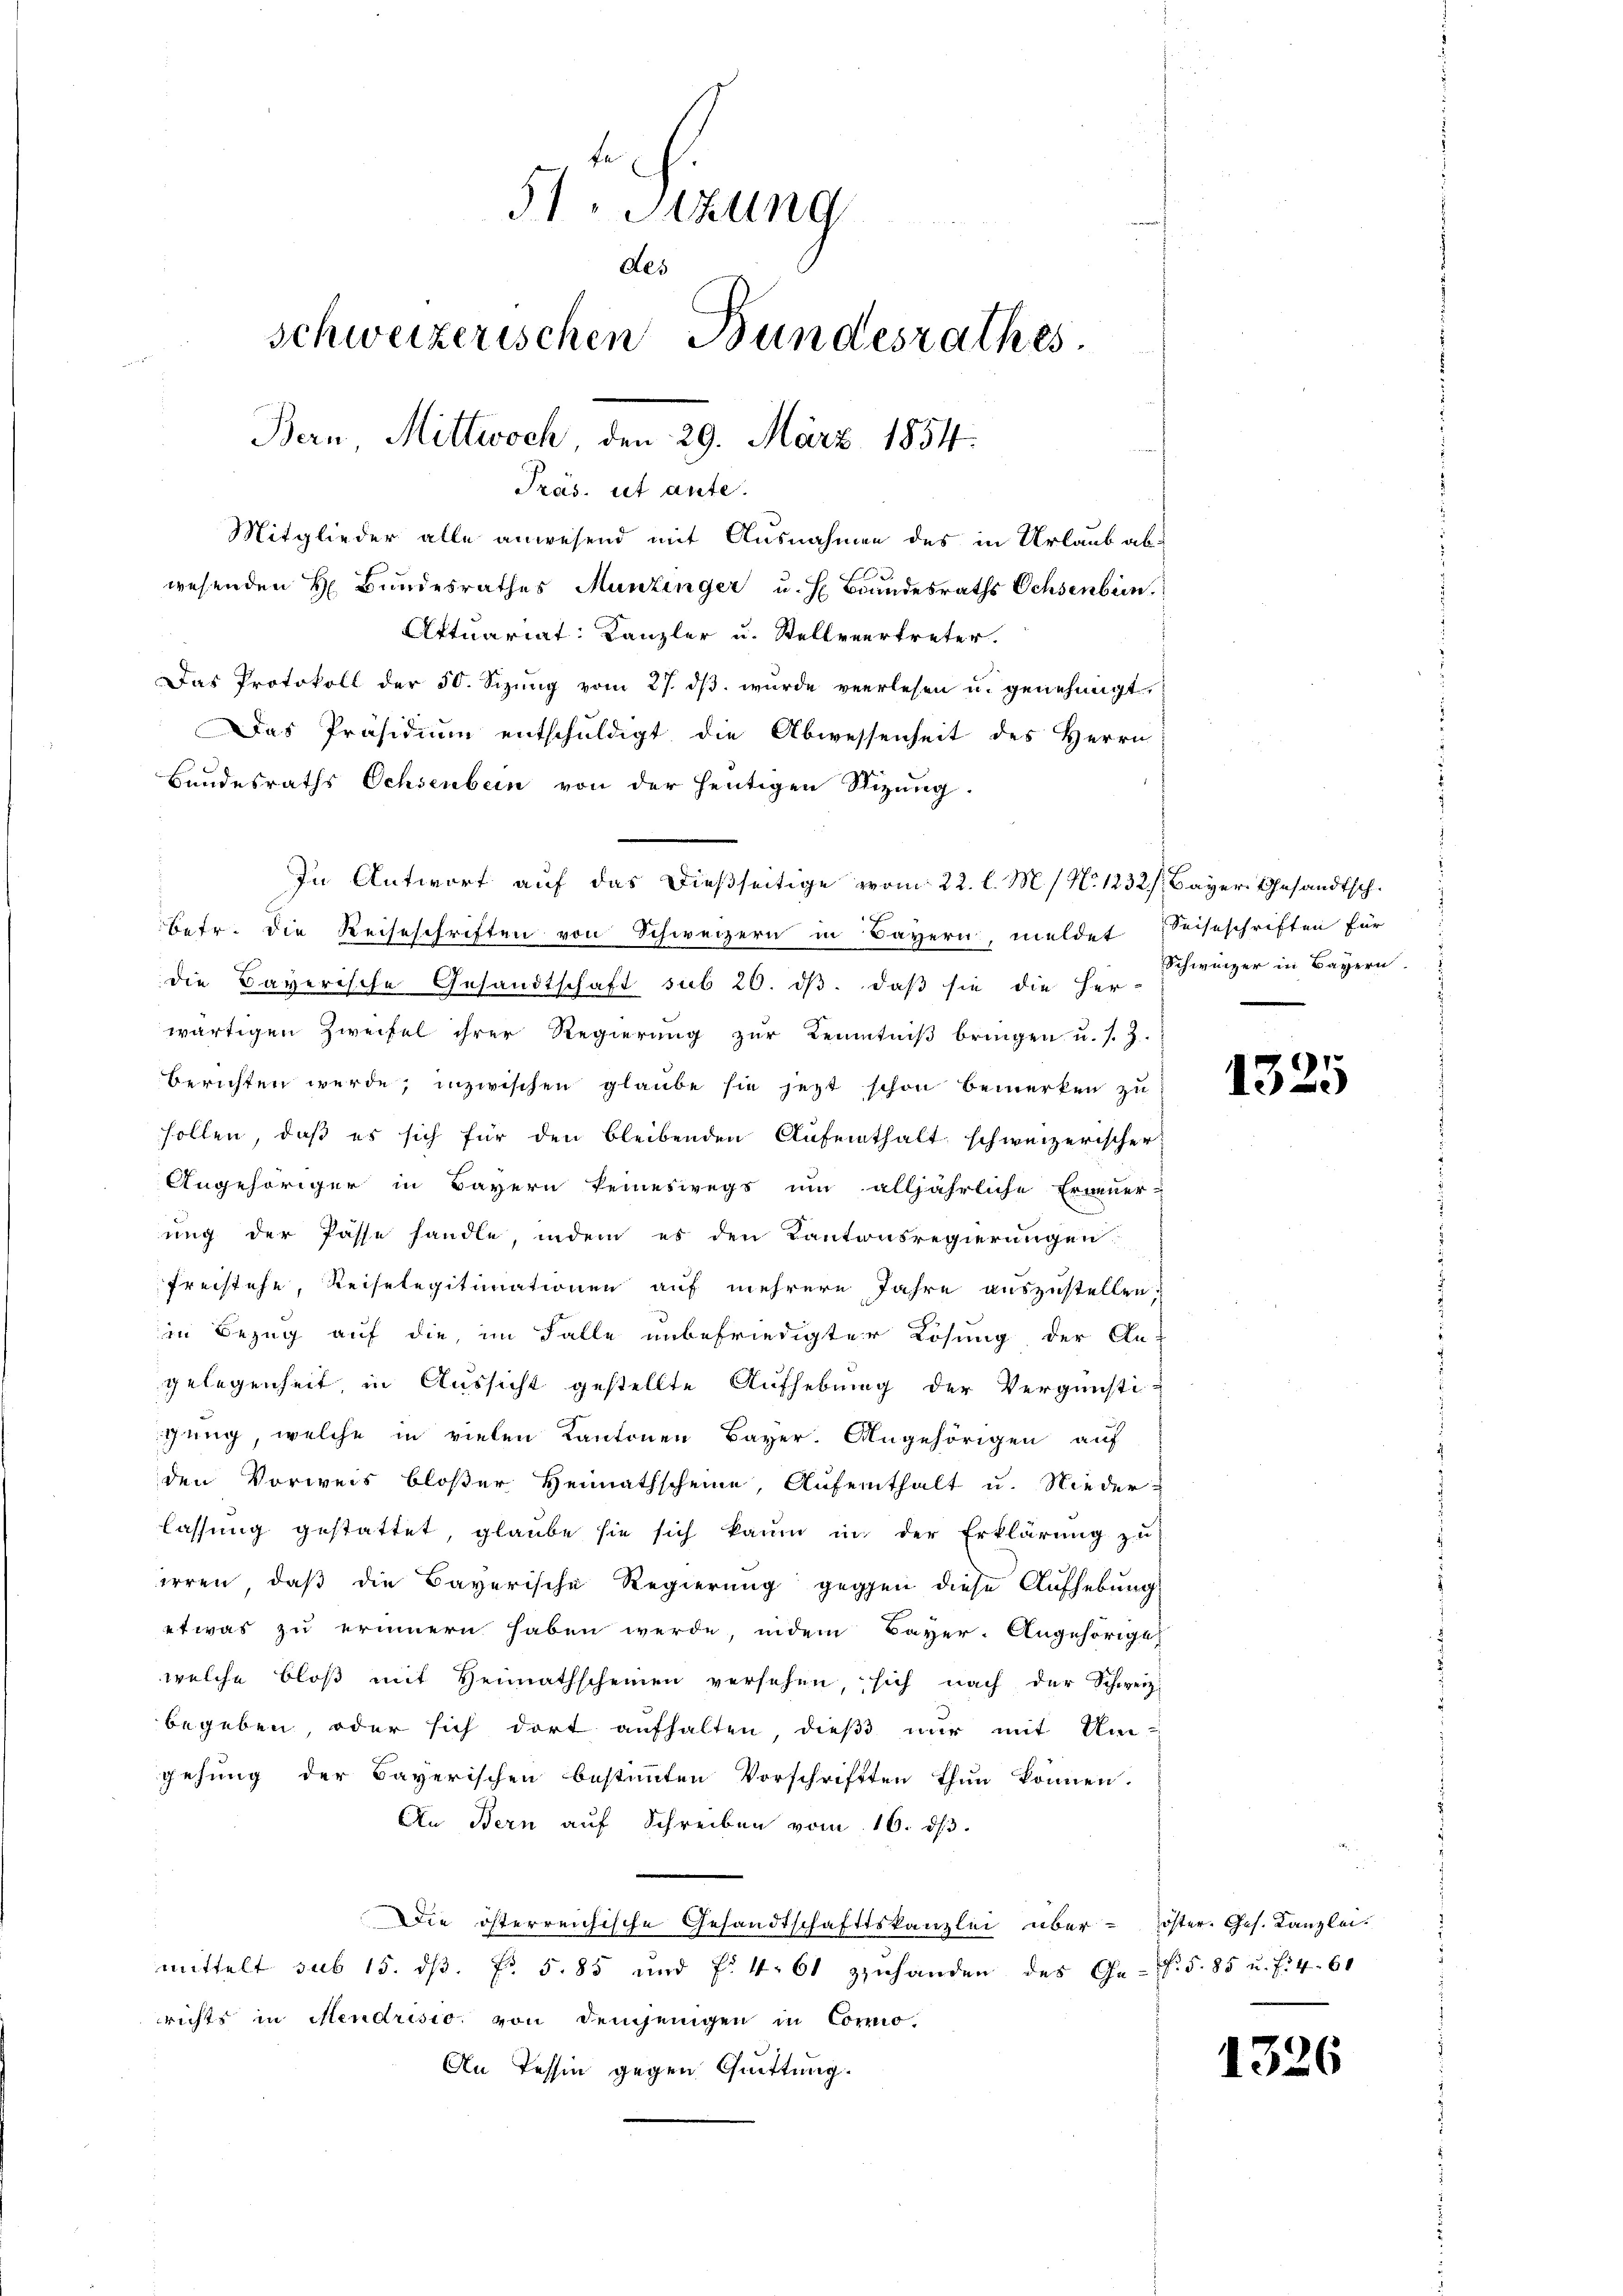
51. Sitzung
des
schweizerischen Bundesrathes
Bern, Mittwoch 29. März 1854.

Präs. ist ante.

Mitglieder alle anwesend mit Ausnahmen des in Urlaub abwesenden H. Bundesrathes Munzinger u. H. Brandesraths Ochsenbein.
Attuariat: Kanzler u. Stellvertreter.
Das Protokoll der 50. Seizŭng vom 27. dβ wŭrde verlesen u. genehmigt
Das Präsidium entschuldigt die Abwessenheit des Herrn
Bundesraths Ochsenbein von der heutigen Stizung.
In Antwort auf das dießseitige vom 22. l. M. / N. 1232/ Bayer Gesandtsch.
betr. die Reiseschriften von Schweizern in Bayern, meldet Seiseschriften für
die Bayerische Gesandtschaft sub 20. ds. daß sie die Her-
wärtigen Zweifel ihrer Regierung zŭr Kenntniβ bringen u. s. Z.
berichten werde; inzwischen glaube sie jetzt schon bemerken zu
sollen, daß es sich für den bleibenden Aufenthalt schweizerischer
Angehöriger in Bayern keineswegs um alljährliche Erneuer-
ung der Pässe handle, indem es den Kantonsregierungen
Freistehe, Keiselegitimationen auf mehrere Jahre auszustellen,
in Bezug auf die, im Falle unbefriedigter Lösung der An-
gelegenheit in Aussicht gestellte Aufhebung der Vergünsti-
gung, welche in vielen Kantonen Bayer. Angehörigen auf
den Vorweis bloßer Heimathscheine, Aufenthalt u. Nieder-
lassung gestattet, glaube sie sich kaum in der Erklärung zu
irren, daß die Bayerische Regierung gegen diese Aufhebung
etwas zu erinnern haben werde, indem Bayer-Angehörige
welche bloß mit Heimathscheinen versehen, sich nach der Schweiz
begeben, oder sich dort aufhalten, dieß nur mit Um
gehung der Bayerischen bestimmten Vorschriftten thun können.
An Bern auf Schreiben vom 16. dβ.
Die österreichische Gesandtschaftskanzlei über - öster. Ges. Kanzlei.
mittelt sub 15. dβ. fr. 585 und f. 461 zuhanden des Ges. S. 85 u. f. 460
richts in Mendrisio von demjenigen in Commo-
An Tessin gegen Quittung.

Schweizer in Bayern.

1325

1326